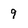
Character: 9